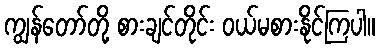
ကျွန်တော်တို့ စားချင်တိုင်း ဝယ်မစားနိုင်ကြပါ။